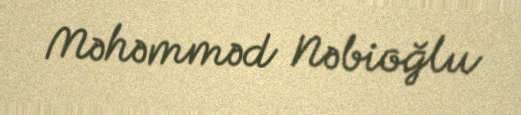
Məhəmməd Nəbioğlu